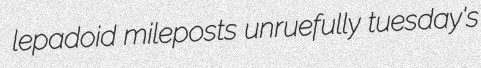
lepadoid mileposts unruefully tuesday's